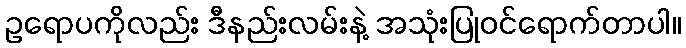
ဥရောပကိုလည်း ဒီနည်းလမ်းနဲ့ အသုံးပြုဝင်ရောက်တာပါ။